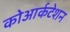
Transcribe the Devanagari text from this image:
कोआर्कटेशन